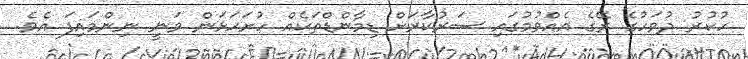
ހުކުރު ދުވަހުގެ ރޭގެ އެއްވުމުގައި ސަރުކާރަށް ޑިމާންޑްތަކެއް ހުށަަހަޅަން ވަނީ ނިންމައިފަ އެވެ.